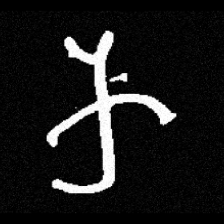
Pyu character \u2014 Myanmar letter: က (romanized: ka)